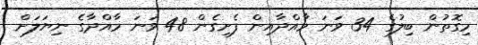
މިގޮތުން ބިލުގެ 34 ވަނަ މާއްދާއިން ފެށިގެން 48 ވަނަ މާއްދާގެ ނިޔަލަށް